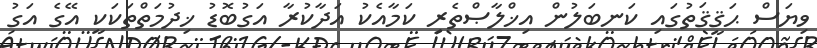
ވިޔަސް ޙަޤީޤަތުގައި ކަނބަލުން އިޚްލާޞްތެރި ކަމާއެކު އަދާކުރާ އަގުބޮޑު ޚިދުމަތްތަކަކީ އޭގެ އަގު